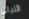
الليالي